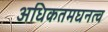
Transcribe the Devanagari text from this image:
अधिकतमघनत्व